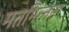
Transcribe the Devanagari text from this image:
मतभिन्‍नता